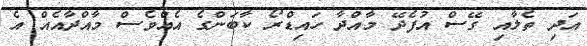
އަދި ތެލާއި ގޭސް އުފެދޭ މާއްދާ ހައިޑްރޯ ކާބަންގެ އެއްވެސް މާއްދާއެއް އެ